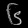
Digit: ၆